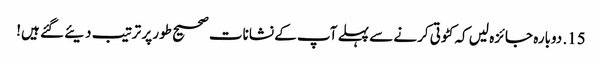
15. دوبارہ جائزہ لیں کہ کٹوتی کرنے سے پہلے آپ کے نشانات صحیح طور پر ترتیب دیئے گئے ہیں!